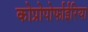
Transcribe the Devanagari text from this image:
कोप्रोपोर्फाईरिया